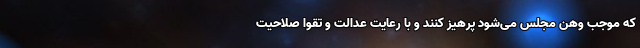
که موجب وهن مجلس می‌شود پرهیز کنند و با رعایت عدالت و تقوا صلاحیت